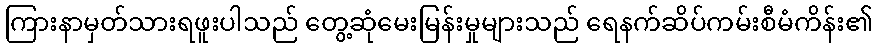
ကြားနာမှတ်သားရဖူးပါသည် တွေ့ဆုံမေးမြန်းမှုများသည် ရေနက်ဆိပ်ကမ်းစီမံကိန်း၏